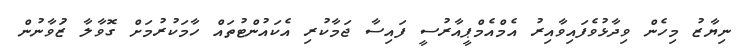
ނިޔާޒު މިހެން ވިދާޅުވެފައިވާއިރު އެމްއެމްޕީއާރުސީ ފައިސާ ޖަމާކުރި އެކައުންޓުތައް ހާމަކުރުމަށް ގޮވާލާ ޒަުވާނުން